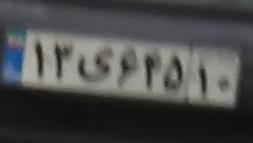
۱۳ی۶۴۵۱۰